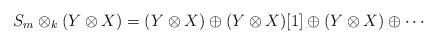
LaTeX: \begin{align*}S_m \otimes_k ( Y \otimes X ) = (Y \otimes X) \oplus (Y \otimes X)[1] \oplus (Y \otimes X) \oplus \cdots\end{align*}